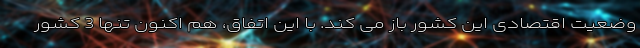
وضعیت اقتصادی این کشور باز می کند. با این اتفاق، هم اکنون تنها 3 کشور